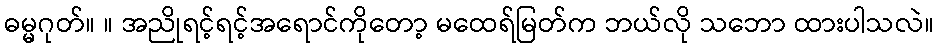
ဓမ္မဂုတ်။ ။ အညိုရင့်ရင့်အရောင်ကိုတော့ မထေရ်မြတ်က ဘယ်လို သဘော ထားပါသလဲ။